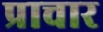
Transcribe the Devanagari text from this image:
प्राचार